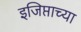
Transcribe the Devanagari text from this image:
इजिप्ताच्या